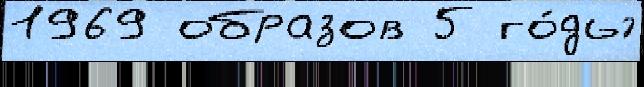
1969 образов 5 го́ды